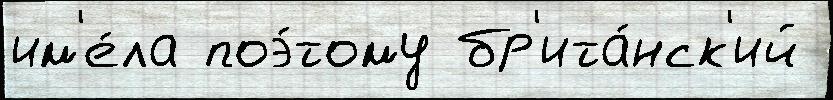
им'е́ла поэ́тому бр'ита́нск'ий